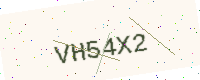
Text: VH54X2